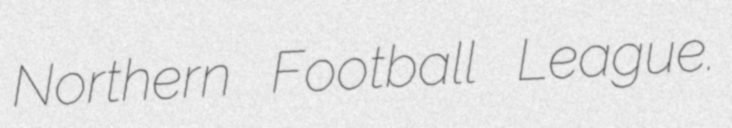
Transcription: Northern Football League.